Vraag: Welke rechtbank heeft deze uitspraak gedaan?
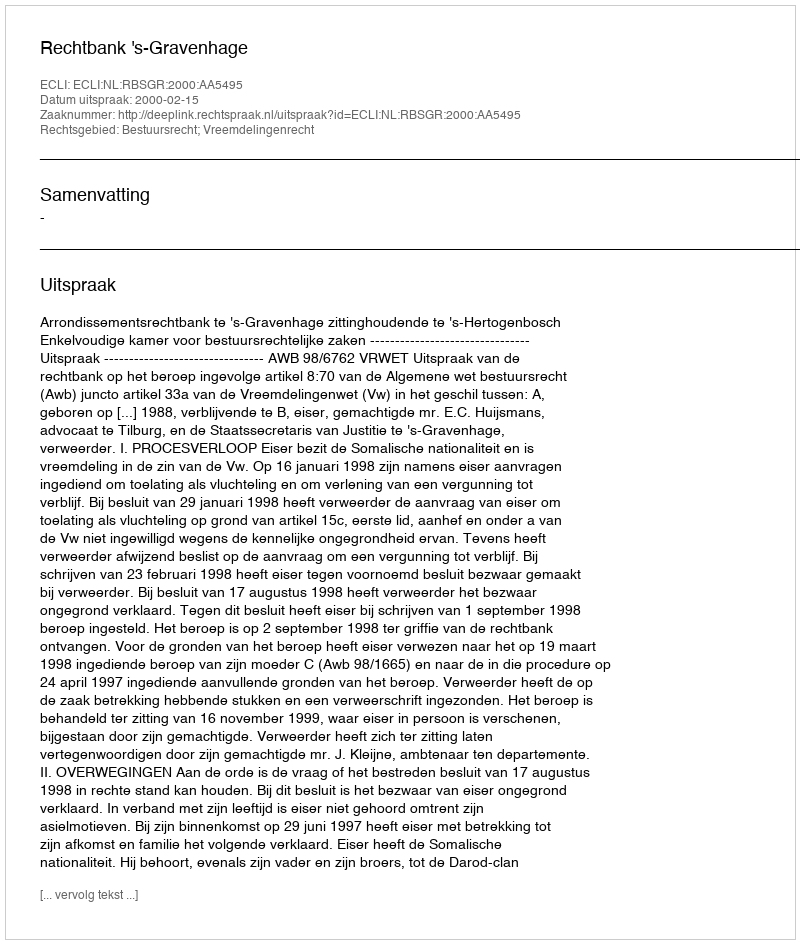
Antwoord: Rechtbank 's-Gravenhage